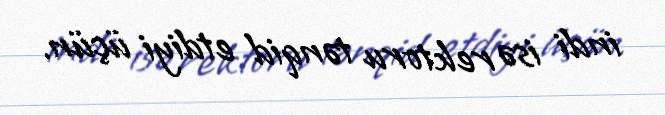
indi isə rektoru tənqid etdiyi üçün.